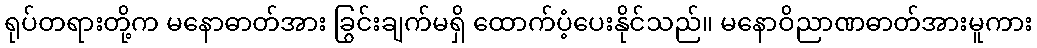
ရုပ်တရားတို့က မနောဓာတ်အား ခြွင်းချက်မရှိ ထောက်ပံ့ပေးနိုင်သည်။ မနောဝိညာဏဓာတ်အားမူကား